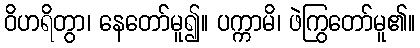
ဝိဟရိတွာ၊ နေတော်မူ၍။ ပက္ကာမိ၊ ဖဲကြွတော်မူ၏။